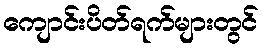
ကျောင်းပိတ်ရက်များတွင်